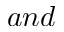
a n d